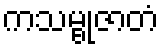
ကသမ္ဗုဇာတံ